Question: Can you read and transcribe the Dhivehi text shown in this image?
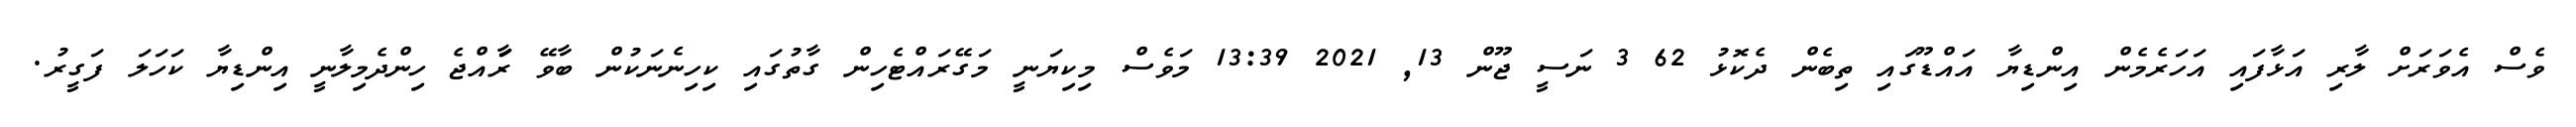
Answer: ވެސް އެވަރަށް ލާރި އަޅާފައި އަހަރެމެން އިންޑިޔާ އައްޑޫގައި ތިބެން ދެކޮޅު 62 3 ނަސީ ޖޫން 13, 2021 13:39 މަވެސް މިކިޔަނީ މަގޭރައްޓެހިން ގާތުގައި ކިހިނެނަކުން ބާވޭ ރަާއްޖެ ހިންދެމިލާނީ އިންޑިޔާ ކަހަލަ ފަގީރު.